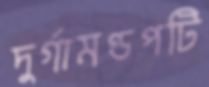
দুর্গামণ্ডপটি